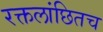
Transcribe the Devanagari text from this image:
रक्तलांछितच